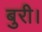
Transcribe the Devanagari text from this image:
बुरी।